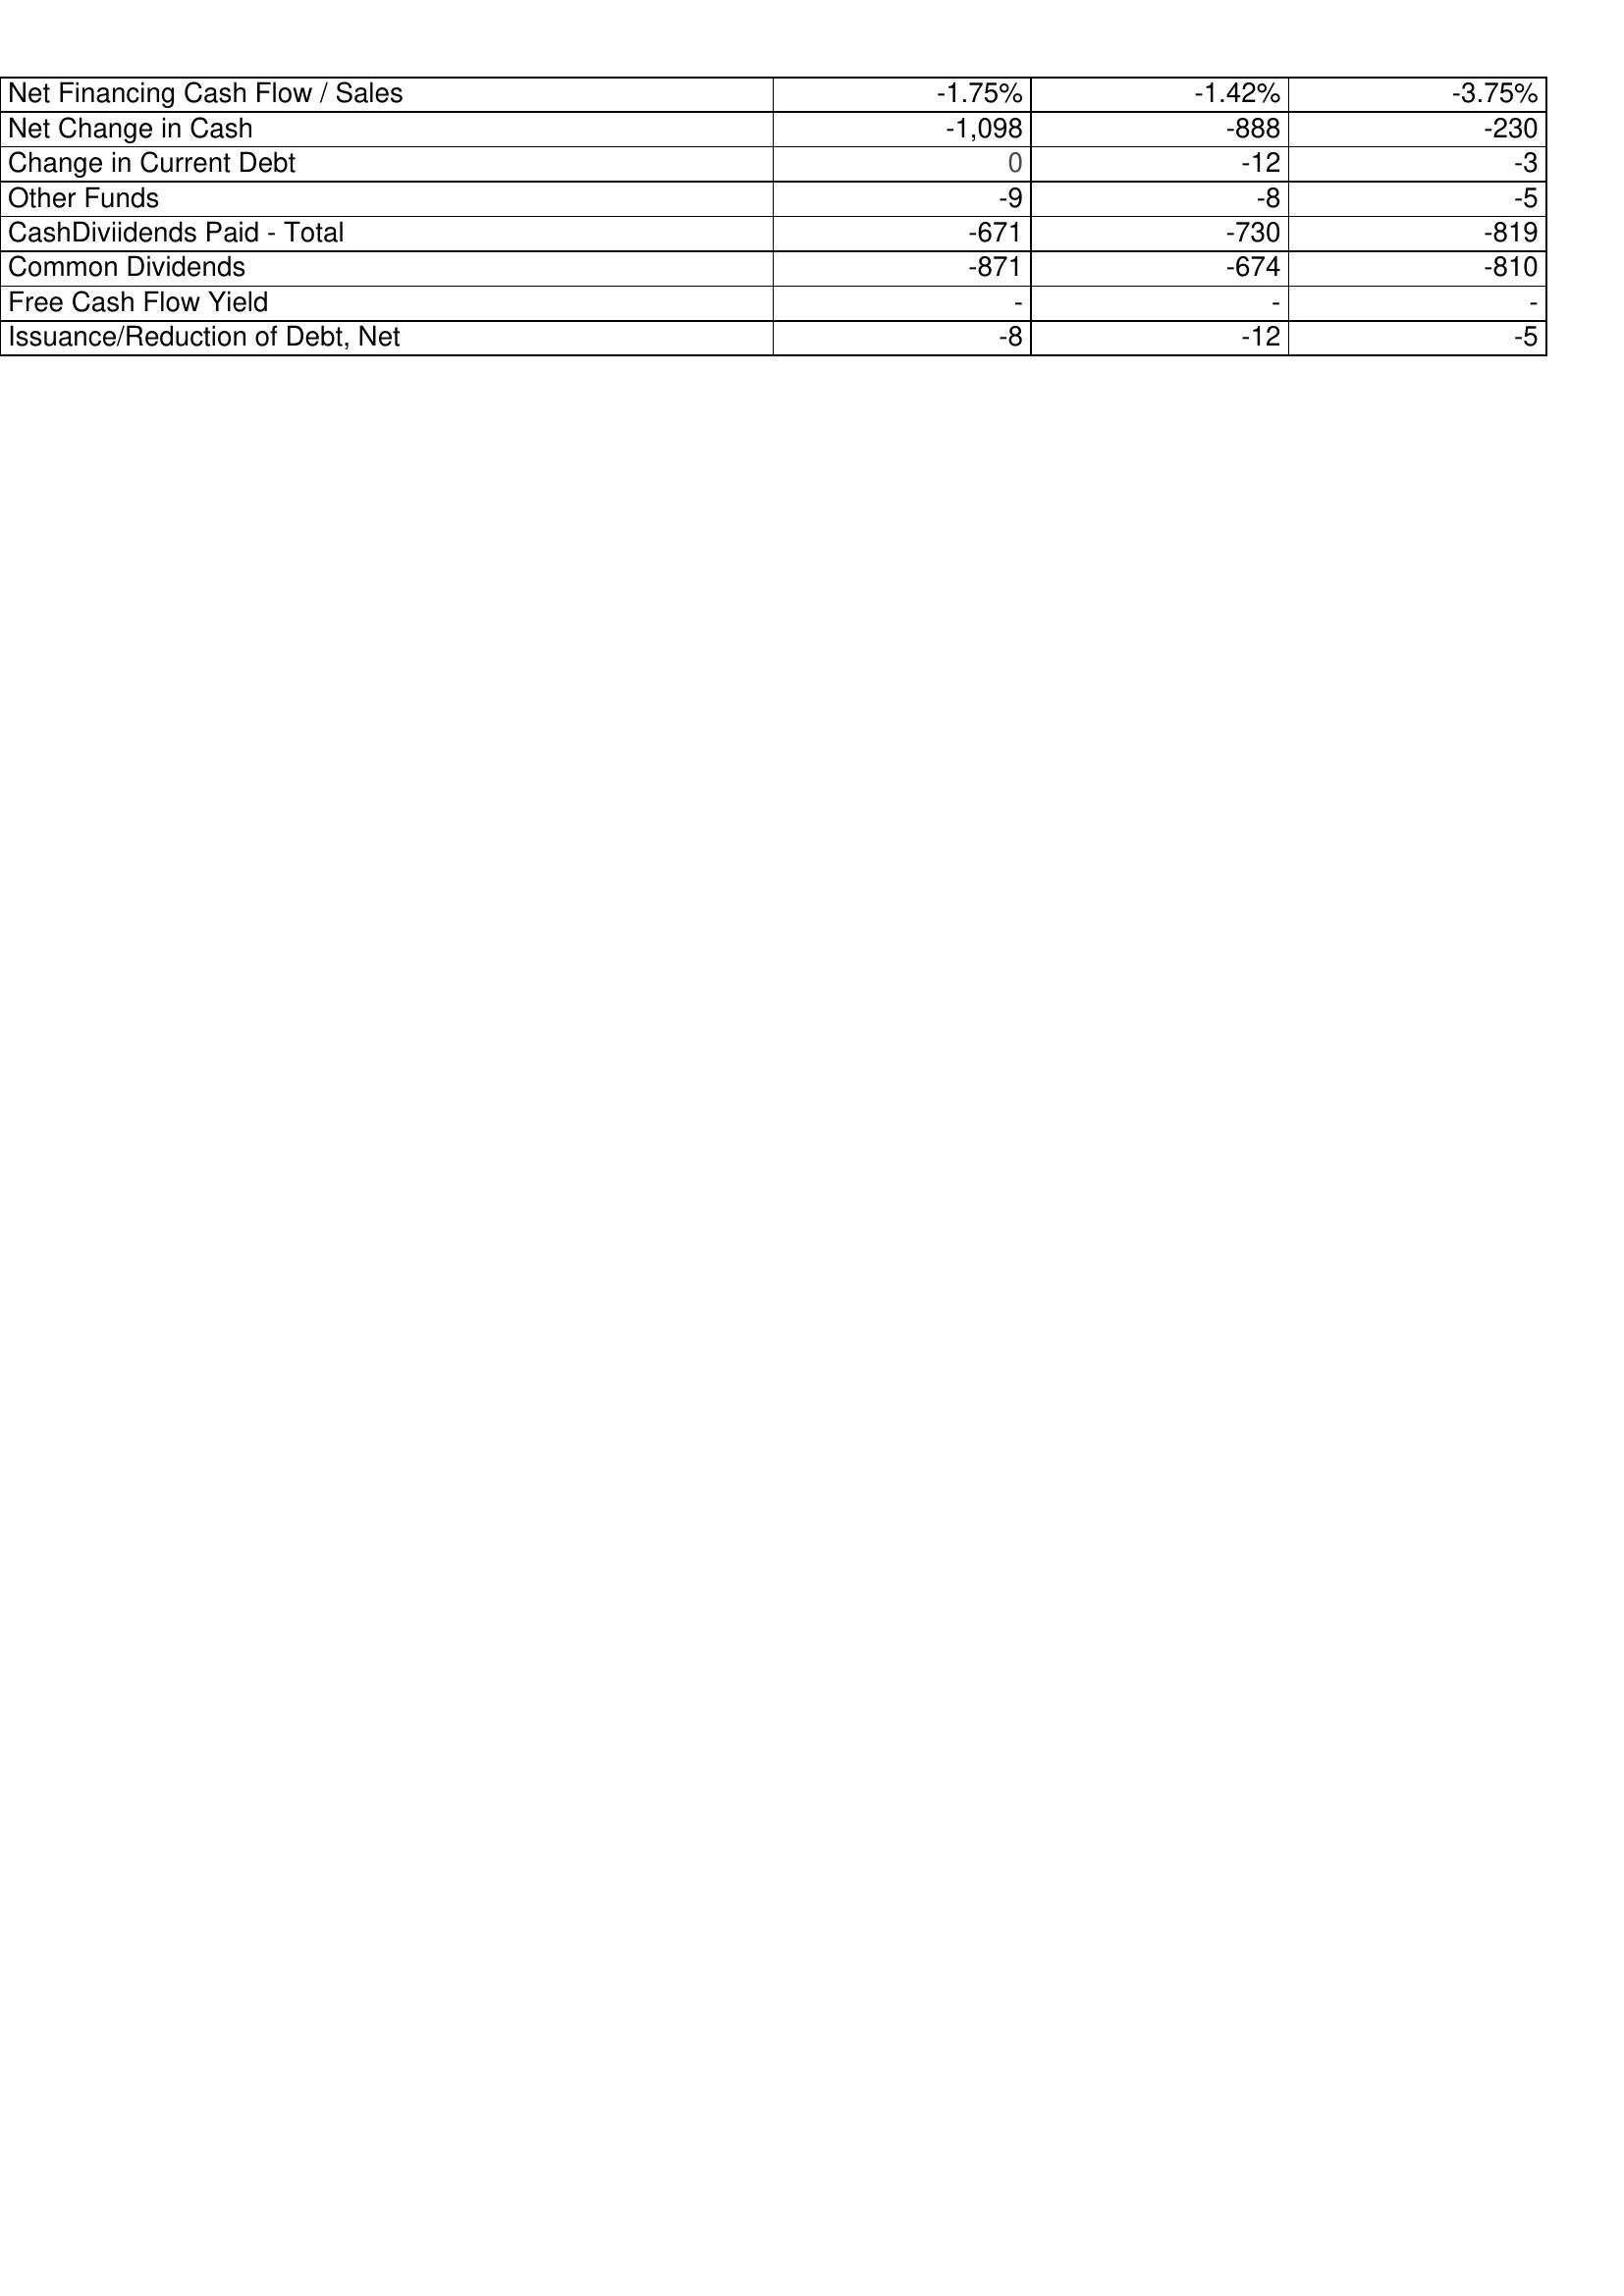
2006: Financing Activities: Net Financing Cash Flow / Sales: -1.75%
Net Change in Cash: -1,098
Change in Current Debt: 0
Other Funds: -9
CashDiviidends Paid - Total: -671
Common Dividends: -871
Free Cash Flow Yield: -
Issuance/Reduction of Debt, Net: -8
2005: Financing Activities: Net Financing Cash Flow / Sales: -1.42%
Net Change in Cash: -888
Change in Current Debt: -12
Other Funds: -8
CashDiviidends Paid - Total: -730
Common Dividends: -674
Free Cash Flow Yield: -
Issuance/Reduction of Debt, Net: -12
2004: Financing Activities: Net Financing Cash Flow / Sales: -3.75%
Net Change in Cash: -230
Change in Current Debt: -3
Other Funds: -5
CashDiviidends Paid - Total: -819
Common Dividends: -810
Free Cash Flow Yield: -
Issuance/Reduction of Debt, Net: -5